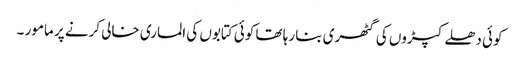
کوئی دھلے کپڑوں کی گٹھری بنا رہا تھا کوئی کتابوں کی الماری خالی کرنے پر مامور ۔